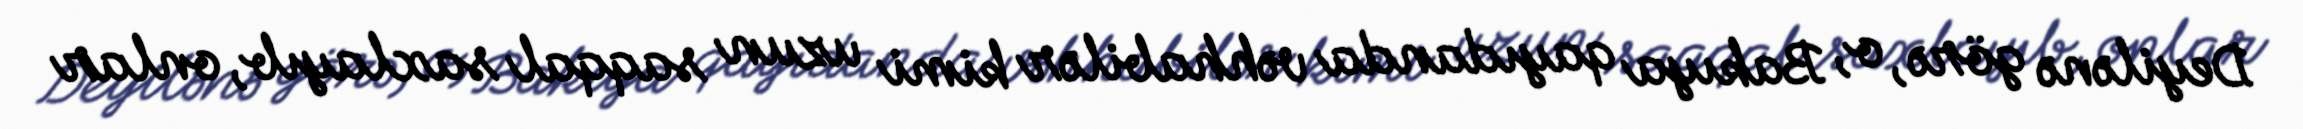
Deyilənə görə, o, Bakıya qayıdanda vəhhabilər kimi uzun saqqal saxlayıb, onlar